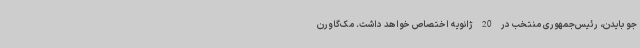
جو بایدن، رئیس‌جمهوری منتخب در 20 ژانویه اختصاص خواهد داشت. مک‌گاورن